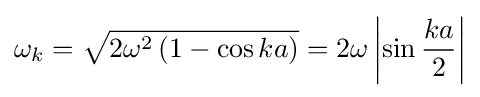
\omega _{k}={\sqrt {2\omega ^{2}\left(1-\cos {ka}\right)}}=2\omega \left|\sin {\frac {ka}{2}}\right|